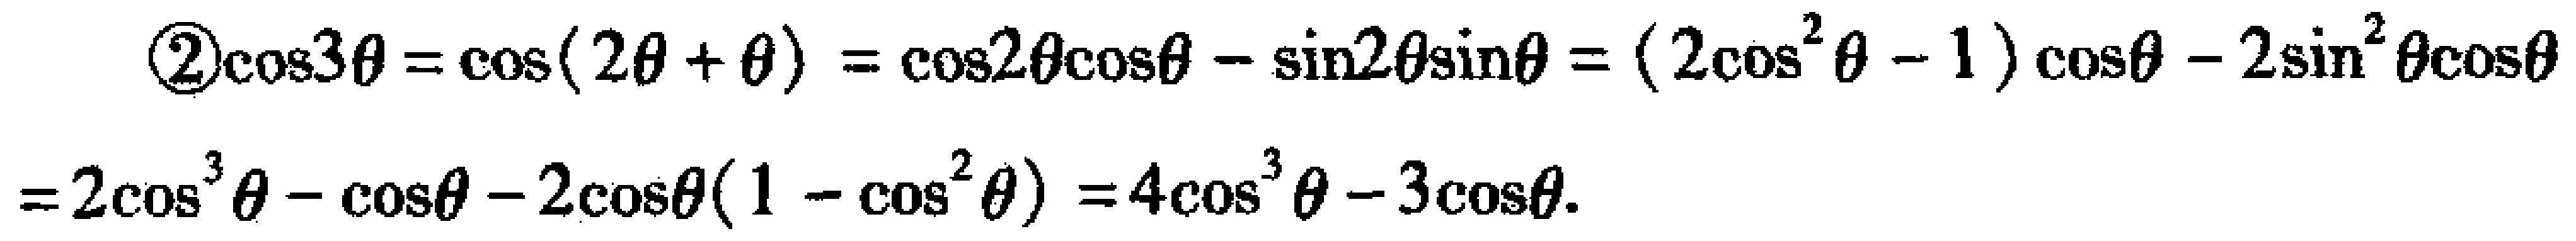
\begin{align*}
\textcircled{2}\cos3\theta&=\cos(2\theta + \theta)=\cos2\theta\cos\theta-\sin2\theta\sin\theta=(2\cos^{2}\theta - 1)\cos\theta-2\sin^{2}\theta\cos\theta\\
&=2\cos^{3}\theta-\cos\theta - 2\cos\theta(1 - \cos^{2}\theta)=4\cos^{3}\theta-3\cos\theta.
\end{align*}